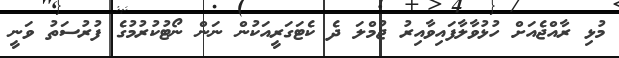
މުޅި ރާއްޖެއަށް ހުޅުވާލާފައިވާއިރު ޖުމްލަ ދެ ކެޓަގަރީއަކުން ނަން ނޯޓުކުރުމުގެ ފުރުސަތު ވަނީ